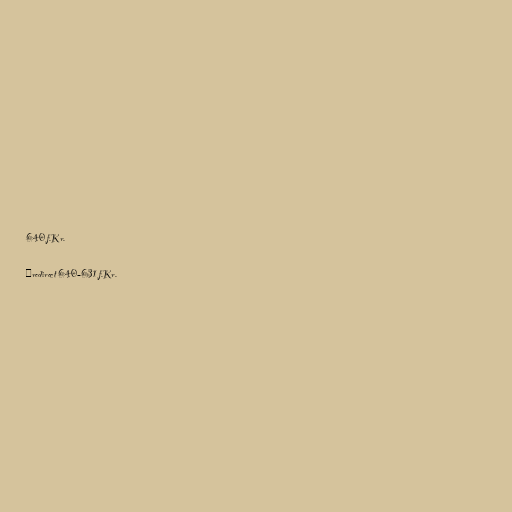
640 f.Kr.

#redirect 640–631 f.Kr.